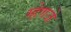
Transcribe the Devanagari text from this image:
म्हेणजे